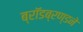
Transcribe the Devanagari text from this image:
ब्रॉडब्रण्डने